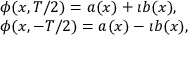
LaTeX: \begin{array} { l } { { \phi ( x , T / 2 ) = a ( x ) + \imath b ( x ) , \nonumber } } \\ { { \phi ( x , - T / 2 ) = a ( x ) - \imath b ( x ) , } } \end{array}